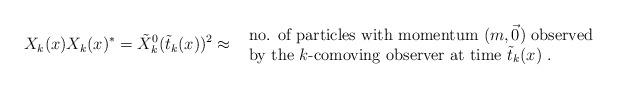
LaTeX: \begin{align*}X_k(x) X_k(x)^\ast = \tilde{X}^0 _k(\tilde{t}_k(x))^2\approx \mbox{ \begin{tabular}{l} no. of particles with momentum $(m,\vec{0})$ observed \\ by the $k$-comoving observer at time $\tilde{t}_k(x)\;.$\end{tabular} }\end{align*}